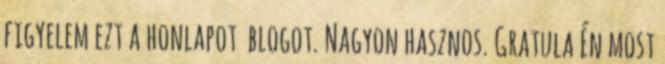
figyelem ezt a honlapot blogot. Nagyon hasznos. Gratula Én most